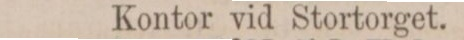
Kontor vid Stortorget.